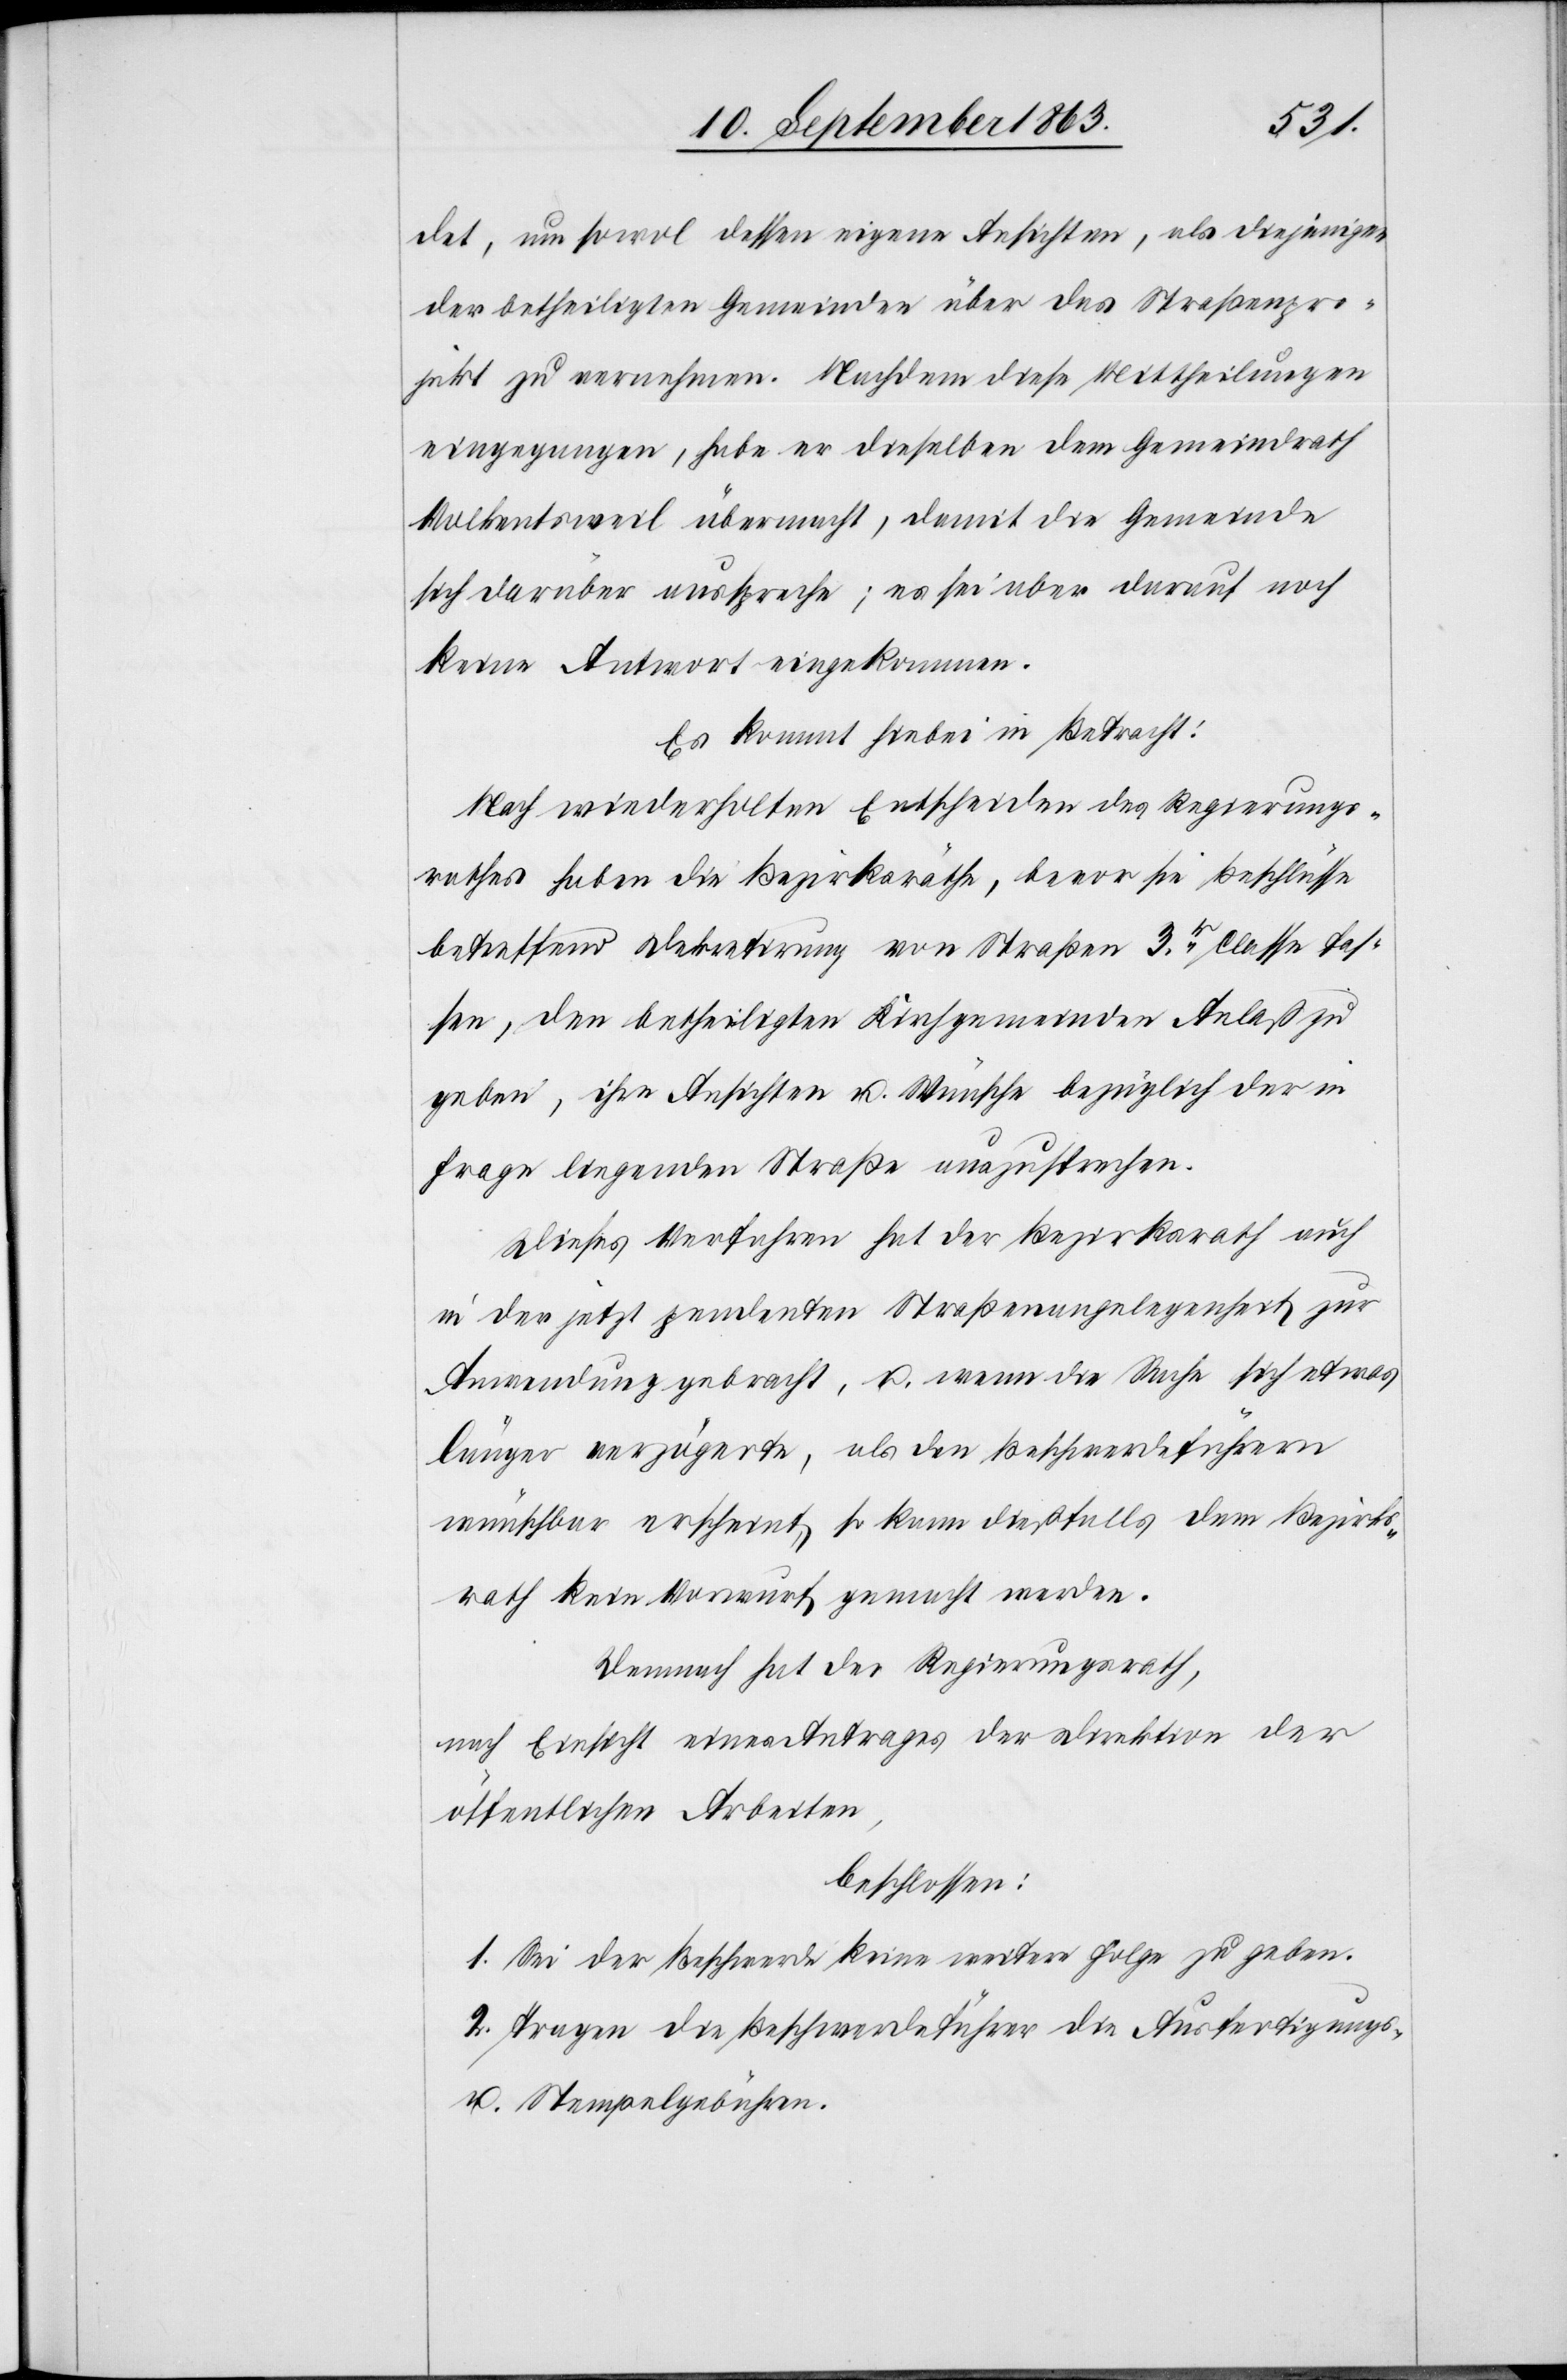
det, um sowol dessen eigene Ansichten, als diejenigen
der betheiligten Gemeinden über das Straßenpro¬
jekt zu vernehmen. Nachdem diese Mittheilungen
eingegangen, habe er dieselben dem Gemeindrath
Volkentsweil übermacht, damit die Gemeinde
sich darüber ausspreche; es sei aber darauf noch
keine Antwort eingekommen.
Es kommt hiebei in Betracht:
Nach wiederholten Entscheiden des Regierungs¬
rathes haben die Bezirksräthe, bevor sie Beschlüsse
betreffend Dekretirung von Straßen 3r. Classe fas¬
sen, den betheiligten Kirchgemeinden Anlaß zu
geben, ihre Ansichten u. Wünsche bezüglich der in
Frage liegenden Straße auszusprechen.
Dieses Verfahren hat der Bezirksrath auch
in der jetzt pendenten Straßenangelegenheit zur
Anwendung gebracht, u. wenn die Sache sich etwas
länger verzögerte, als den Beschwerdeführern
wünschbar erscheint, so kann dießfalls dem Bezirks¬
rath kein Vorwurf gemacht werden.
Demnach hat der Regierungsrath,
nach Einsicht eines Antrages der Direktion der
öffentlichen Arbeiten,
beschlossen
1. Sei der Beschwerde keine weitere Folge zu geben.
2. Tragen die Beschwerdeführer die Ausfertigungs-
u. Stempelgebühren.